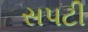
સપટી